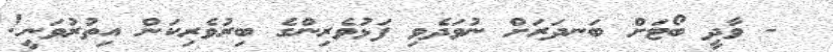
- ވާދީ ބޯޓަށް ބަނދަރަށް ނުވަދެވި ފަޅުވެރިންގެ ބިރުވެރިކަން އިތުރުވަނީ!